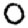
Digit: 0